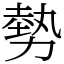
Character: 勢